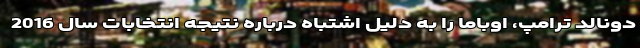
دونالد ترامپ، اوباما را به دلیل اشتباه درباره نتیجه انتخابات سال 2016